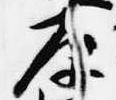
原